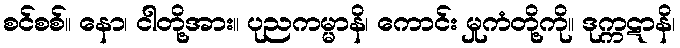
စင်စစ်။ နော၊ ငါတို့အား။ ပုညကမ္မာနိ၊ ကောင်း မှုကံတို့ကို။ ဒုက္ကဋာနိ၊